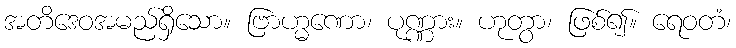
အတိဒေဝအမည်ရှိသော။ ဗြာဟ္မဏော၊ ပုဏ္ဏား။ ဟုတွာ၊ ဖြစ်၍။ ရေဝတံ၊